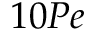
1 0 P e